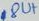
Text: 80T